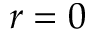
r = 0